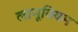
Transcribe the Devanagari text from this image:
लानूवियम